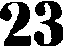
23